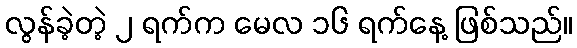
လွန်ခဲ့တဲ့ ၂ ရက်က မေလ ၁၆ ရက်နေ့ ဖြစ်သည်။